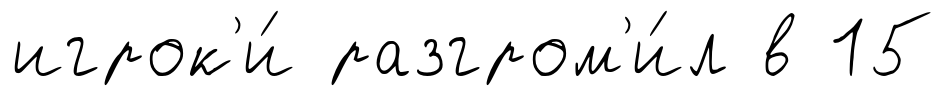
игрок'и́ разгром'и́л в 15